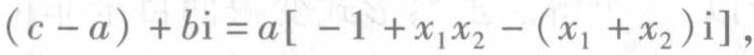
\((c - a)+b\mathrm{i}=a[-1 + x_1x_2-(x_1 + x_2)\mathrm{i}]\)